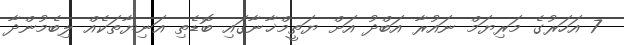
7 އަހަރުގެ މަރިޔަމް ނައުރާ އަބްދު އަށް ޔަތީމްޚާނާގައި ބޮޑެތި އަނިޔާތަކެއް ލިބެމުންދާ